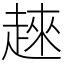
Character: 𧼛